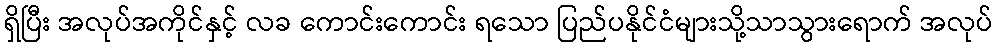
ရှိပြီး အလုပ်အကိုင်နှင့် လခ ကောင်းကောင်း ရသော ပြည်ပနိုင်ငံများသို့သာသွားရောက် အလုပ်